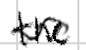
Text: the
Cross-out: wave
Writing tool: digital_black